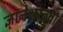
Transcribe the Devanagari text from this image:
ज्ञानेश्वरबुवा